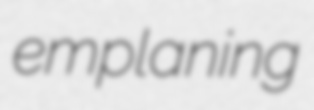
emplaning